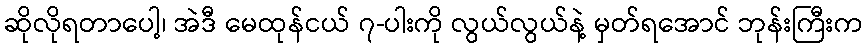
ဆိုလိုရတာပေါ့၊ အဲဒီ မေထုန်ငယ် ၇-ပါးကို လွယ်လွယ်နဲ့ မှတ်ရအောင် ဘုန်းကြီးက